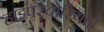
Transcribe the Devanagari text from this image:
हाइपरबोरियाई